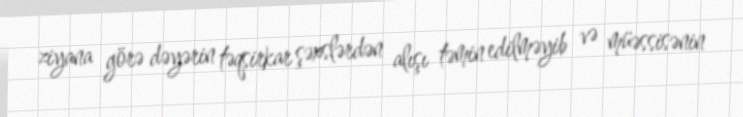
ziyana görə dəyərin təqsirkar şəxslərdən alışı təmin edilməyib və müəssisənin